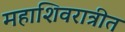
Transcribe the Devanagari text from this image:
महाशिवरात्रीत